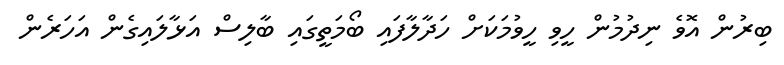
ބިރުން އޮވެ ނިދުމުން ހީވި ހީވުމަކަށް ހަދާލާފައި ބޯމަތީގައި ބާލިސް އަޅާލައިގެން އަހަރެން